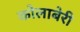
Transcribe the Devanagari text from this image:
कोलाबेरी